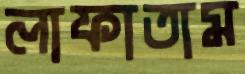
লাফাতাম